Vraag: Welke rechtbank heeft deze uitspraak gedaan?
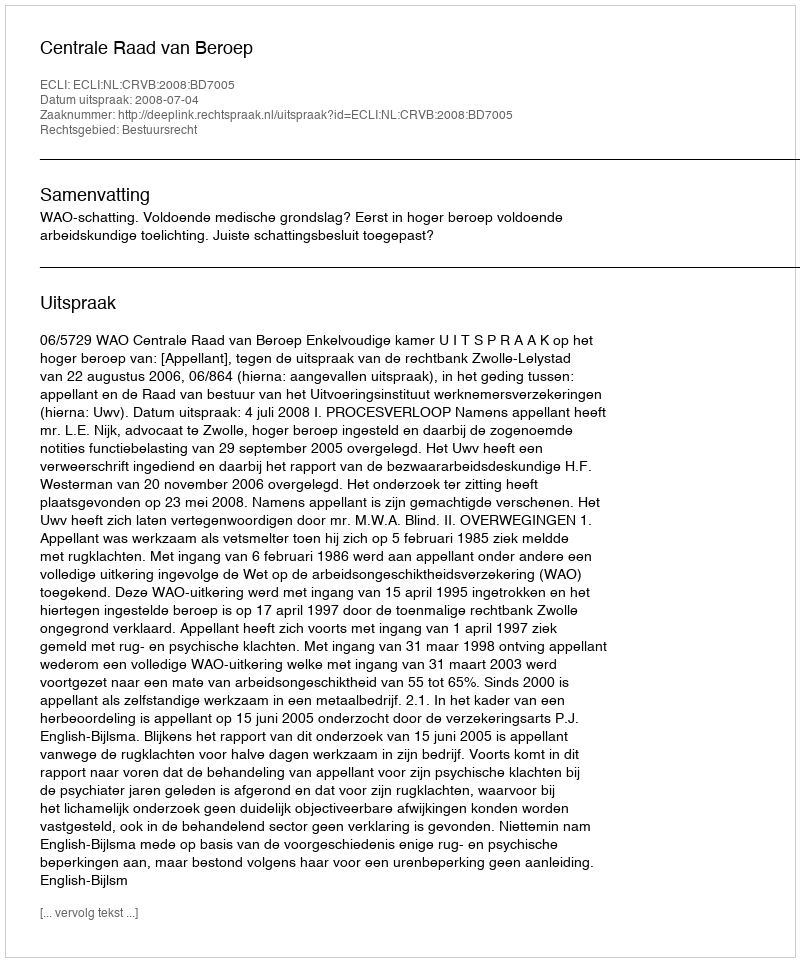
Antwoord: Centrale Raad van Beroep